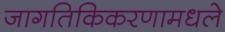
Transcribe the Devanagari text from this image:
जागतिकिकरणामधले